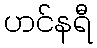
ဟင်နရီ